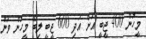
މީހުން 400 ޖީބީ އަށް އަދި 600 ޖީބީ ލިބޭ މީހުންް ވަން